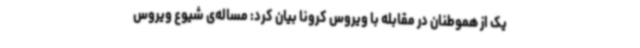
یک از هموطنان در مقابله با ویروس کرونا بیان کرد: مساله‌ی شیوع ویروس